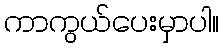
ကာကွယ်ပေးမှာပါ။